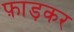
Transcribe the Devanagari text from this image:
फ़ाड़कर